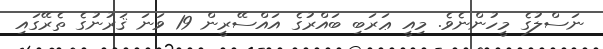
ނަސްލުގެ މީހުންނެވެ. މިއީ ޢަރަބި ބައްރުގެ އައްސޭރީން 19 ވަނަ ޤަރުނުގެ ތެރޭގައި